Annual report on the working of the mental hospitals in the Madras Presidency - 1912-1932
Year: 1912
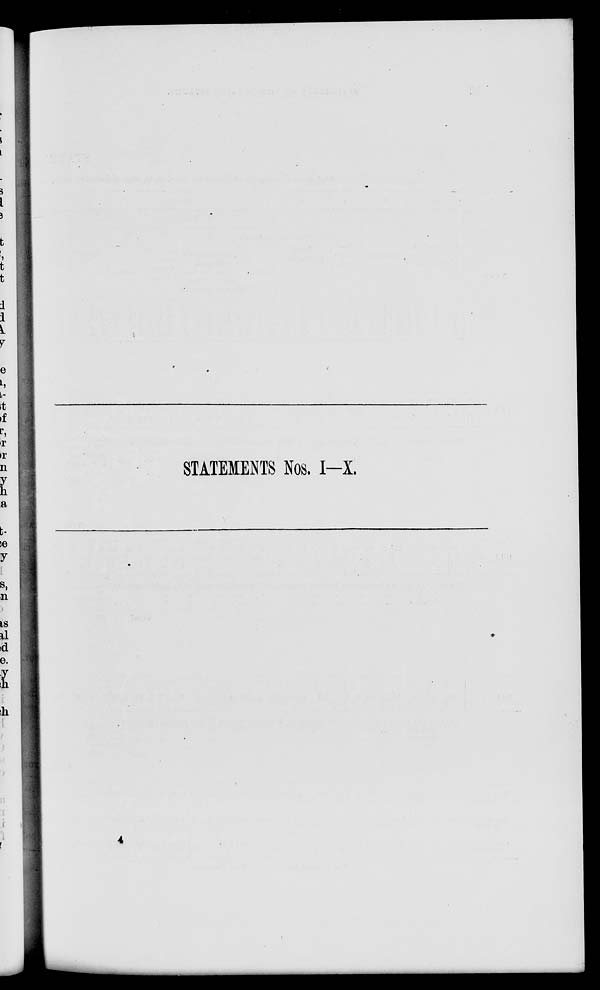
STATEMENTS NOS. I-X.
4